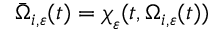
\bar { \Omega } _ { i , \varepsilon } ( t ) = \boldsymbol { \chi } _ { \varepsilon } ( t , \Omega _ { i , \varepsilon } ( t ) )